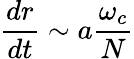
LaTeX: \frac{dr}{dt}\sim a\frac{\omega_{c}}{N}